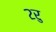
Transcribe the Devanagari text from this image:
२रु